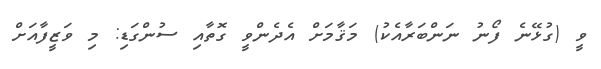
ވީ (ގުޅޭނެ ފޯނު ނަންބަރާއެކު) މަޤާމަށް އެދެންވީ ގޮތާއި ސުންގަޑި: މި ވަޒީފާއަށް